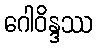
ဂေါဝိန္ဒဿ